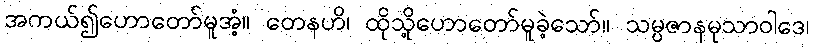
အကယ်၍ဟောတော်မူအံ့။ တေနဟိ၊ ထိုသို့ဟောတော်မူခဲ့သော်။ သမ္ပဇာနမုသာဝါဒေ၊